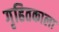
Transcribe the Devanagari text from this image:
गृहितकाला